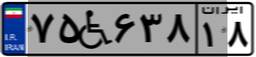
۷۵W۶۳۸۱۸